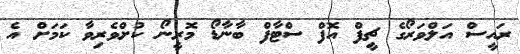
ރައީސް އަލްވަރޯގެ ޗީފް އޮފް ސްޓާފް ބާނާޑޯ މޮރީނޯ ކުށްވެރިވާ ކަމަށް އެ